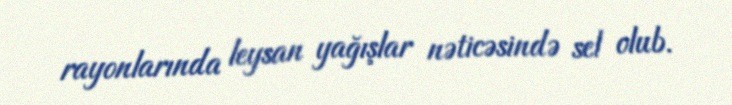
rayonlarında leysan yağışlar nəticəsində sel olub.